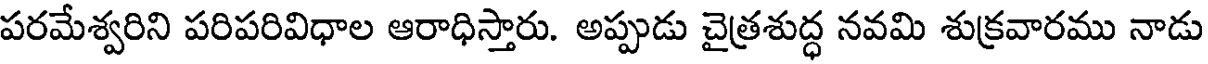
పరమేశ్వరిని పరిపరివిధాల ఆరాధిస్తారు. అప్పుడు చైత్రశుద్ధ నవమి శుక్రవారము నాడు